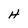
Character: H